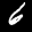
Label: 6